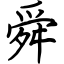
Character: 舜